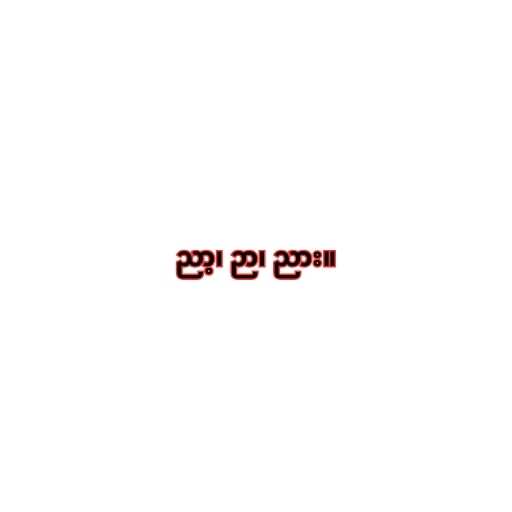
ညာ့၊ ဉာ၊ ညား။